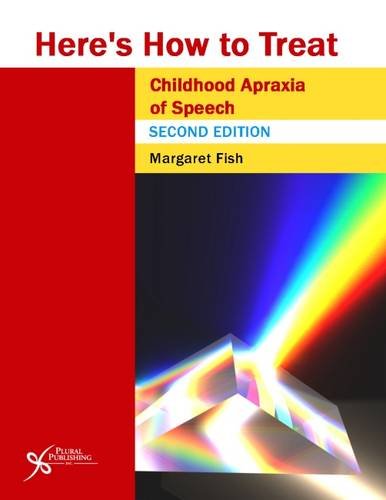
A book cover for Here's How to Treat Childhood Apraxia of Speech, Second Edition (Here's How Series); Margaret Fish; Medical Books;